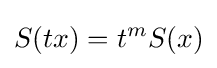
S(tx)=t^{m}S(x)